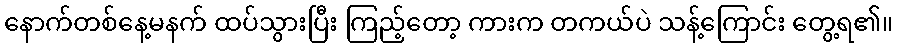
နောက်တစ်နေ့မနက် ထပ်သွားပြီး ကြည့်တော့ ကားက တကယ်ပဲ သန့်ကြောင်း တွေ့ရ၏။